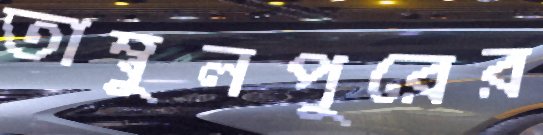
তাম্বুলপুরের